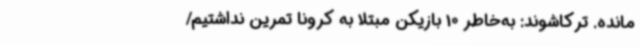
مانده. ترکاشوند: به‌خاطر 10 بازیکن مبتلا به کرونا تمرین نداشتیم/